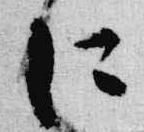
仁